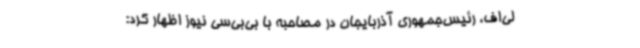
لی‌اف، رئیس‌جمهوری آذربایجان در مصاحبه با بی‌بی‌سی نیوز اظهار کرد: